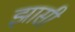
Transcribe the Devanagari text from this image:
झासी